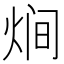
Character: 𭴳